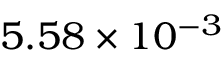
5 . 5 8 \times 1 0 ^ { - 3 }